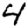
Digit: 4